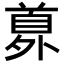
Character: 𩠘